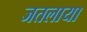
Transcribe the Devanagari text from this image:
जतलाया